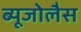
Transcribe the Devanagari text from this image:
ब्यूजोलैस